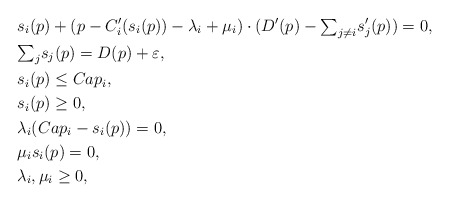
\begin{align*} & s_{i}(p)+(p-C_{i}'(s_{i}(p))-\lambda_{i}+\mu_{i})\cdot(D'(p)-{\textstyle \sum}_{j\ne i}s_{j}'(p))=0, \\ & {\textstyle \sum_{j}}s_{j}(p)=D(p)+\varepsilon, \\ & s_{i}(p)\le Cap_{i}, \\ & s_{i}(p)\ge0, \\ & \lambda_{i}(Cap_{i}-s_{i}(p))=0, \\ & \mu_{i}s_{i}(p)=0, \\ & \lambda_{i},\mu_{i}\ge0,\end{align*}